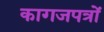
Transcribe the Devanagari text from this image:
कागजपत्रों